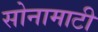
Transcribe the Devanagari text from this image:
सोनामाटी